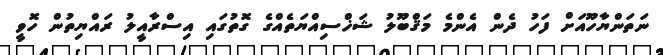
ނަތަންޔާހޫއަށް ފަހު ދެން އެންމެ މަޤްބޫލު ޝަޚްސިއްޔަތެއްގެ ގޮތުގައި އިސްރާއީލު ރައްޔިތުން ހޮވީ